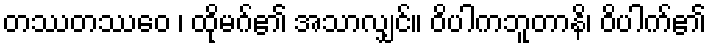
တဿတဿေဝ ၊ ထိုမဂ်၏ အသာလျှင်။ ဝိပါကဘူတာနိ၊ ဝိပါက်၏